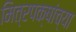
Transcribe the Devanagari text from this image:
मित्रपक्षांच्या